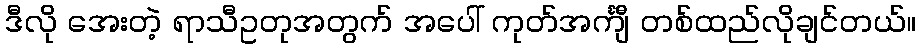
ဒီလို အေးတဲ့ ရာသီဥတုအတွက် အပေါ် ကုတ်အင်္ကျီ တစ်ထည်လိုချင်တယ်။